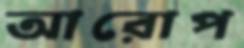
আরোপ